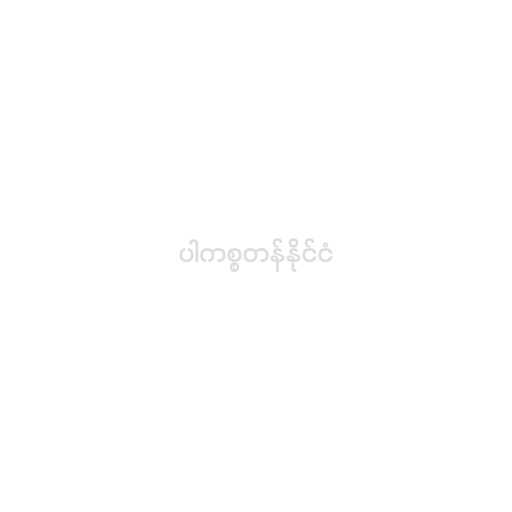
ပါကစ္စတန်နိုင်ငံ